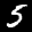
Label: 5